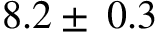
8 . 2 \pm \: 0 . 3